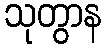
သုတွာန